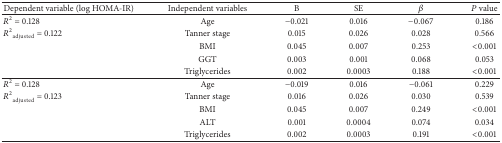
| Dependent variable (log HOMA-IR) | Independent variables | B | SE | β | P value |
 | --- | --- | --- | --- | --- | --- |
 | R2 = 0.128 | Age | −0.021 | 0.016 | −0.067 | 0.186 |
 | R2adjusted = 0.122 | Tanner stage | 0.015 | 0.026 | 0.028 | 0.566 |
 |  | BMI | 0.045 | 0.007 | 0.253 | <0.001 |
 |  | GGT | 0.003 | 0.001 | 0.068 | 0.053 |
 |  | Triglycerides | 0.002 | 0.0003 | 0.188 | <0.001 |
 | R2 = 0.128 | Age | −0.019 | 0.016 | −0.061 | 0.229 |
 | R2adjusted = 0.123 | Tanner stage | 0.016 | 0.026 | 0.030 | 0.539 |
 |  | BMI | 0.045 | 0.007 | 0.249 | <0.001 |
 |  | ALT | 0.001 | 0.0004 | 0.074 | 0.034 |
 |  | Triglycerides | 0.002 | 0.0003 | 0.191 | <0.001 |